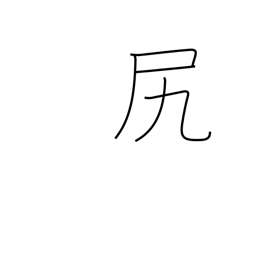
Meaning: rear